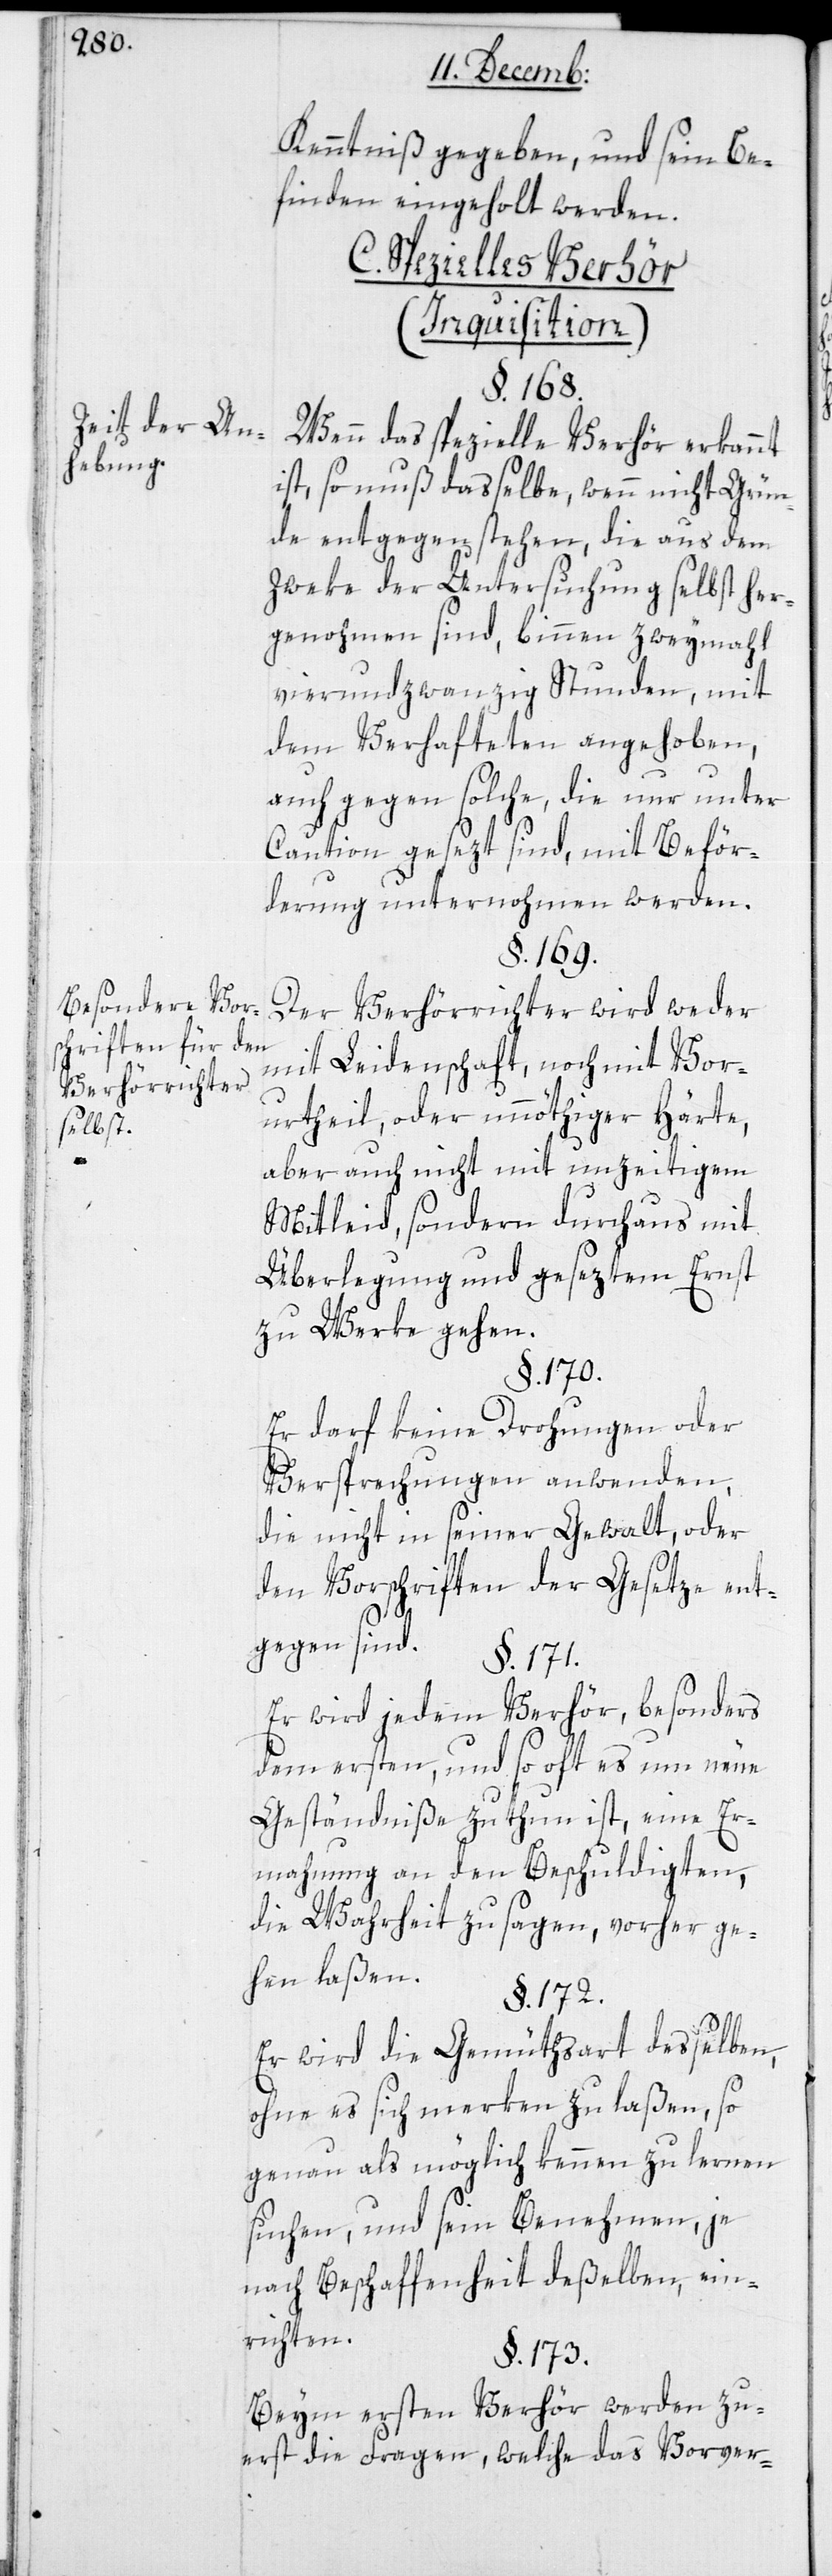
Zeit der An¬
hebung.
Besondere Vors¬
chriften für den
Verhörrichter
selbst.

Kenntniß gegeben, und seyn Be¬
finden eingeholt werden.
C. Spezielles Verhör
(Inquisition)
§. 168.
Wenn das spezielle Verhör erkannt
ist, so muß dasselbe, wenn nicht Grün¬
de entgegen stehen, die aus dem
Zweke der Untersuchung selbst her¬
genohmen sind, binnen zweymahl
vierundzwandzig Stunden, mit
dem Verhafteten angehoben,
auch gegen solche, die nur unter
Caution gesezt sind, mit Beför¬
derung unternommen werden.
§. 169.
Der Verhörrichter wird weder
mit Leidenschaft, noch mit Vor¬
urtheil oder unnöthiger Härte,
aber auch nicht mit unzeitigem
Mitleid, sondern durchaus mit
Überlegung und geseztem Ernst
zu Werke gehen.
§. 170.
Er darf keine Drohungen oder
Versprechungen anwenden,
die nicht in seiner Gewalt, oder
den Vorschriften der Gesetze ent¬
gegen sind.
§. 171.
Er wird jedem Verhör, besonders
dem ersten, und so oft es um neue
Geständniße zu thun ist, eine Er¬
mahnung an den Beschuldigten,
die Wahrheit zu sagen, vorher ge¬
hen laßen.
§. 172.
Er wird die Gemütsart desselben,
ohne es sich merken zu laßen, so
genau als möglich kennen zu lernen
suchen, und sein Benehmen, je
nach Beschaffenheit deßelben, ein¬
richten.
§. 173.
Beim ersten Verhör werden zu¬
erst die Fragen, welche das Vorver-